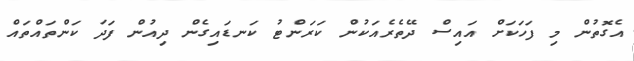
އެގޮތުން މި ފަހަކަށް އައިސް ދޭތެރެއަކުން ކަރަންޓު ކަނޑައިގެން ދިއުން ފަދަ ކަންތައްތައް